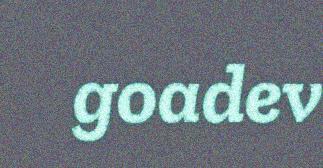
goadev